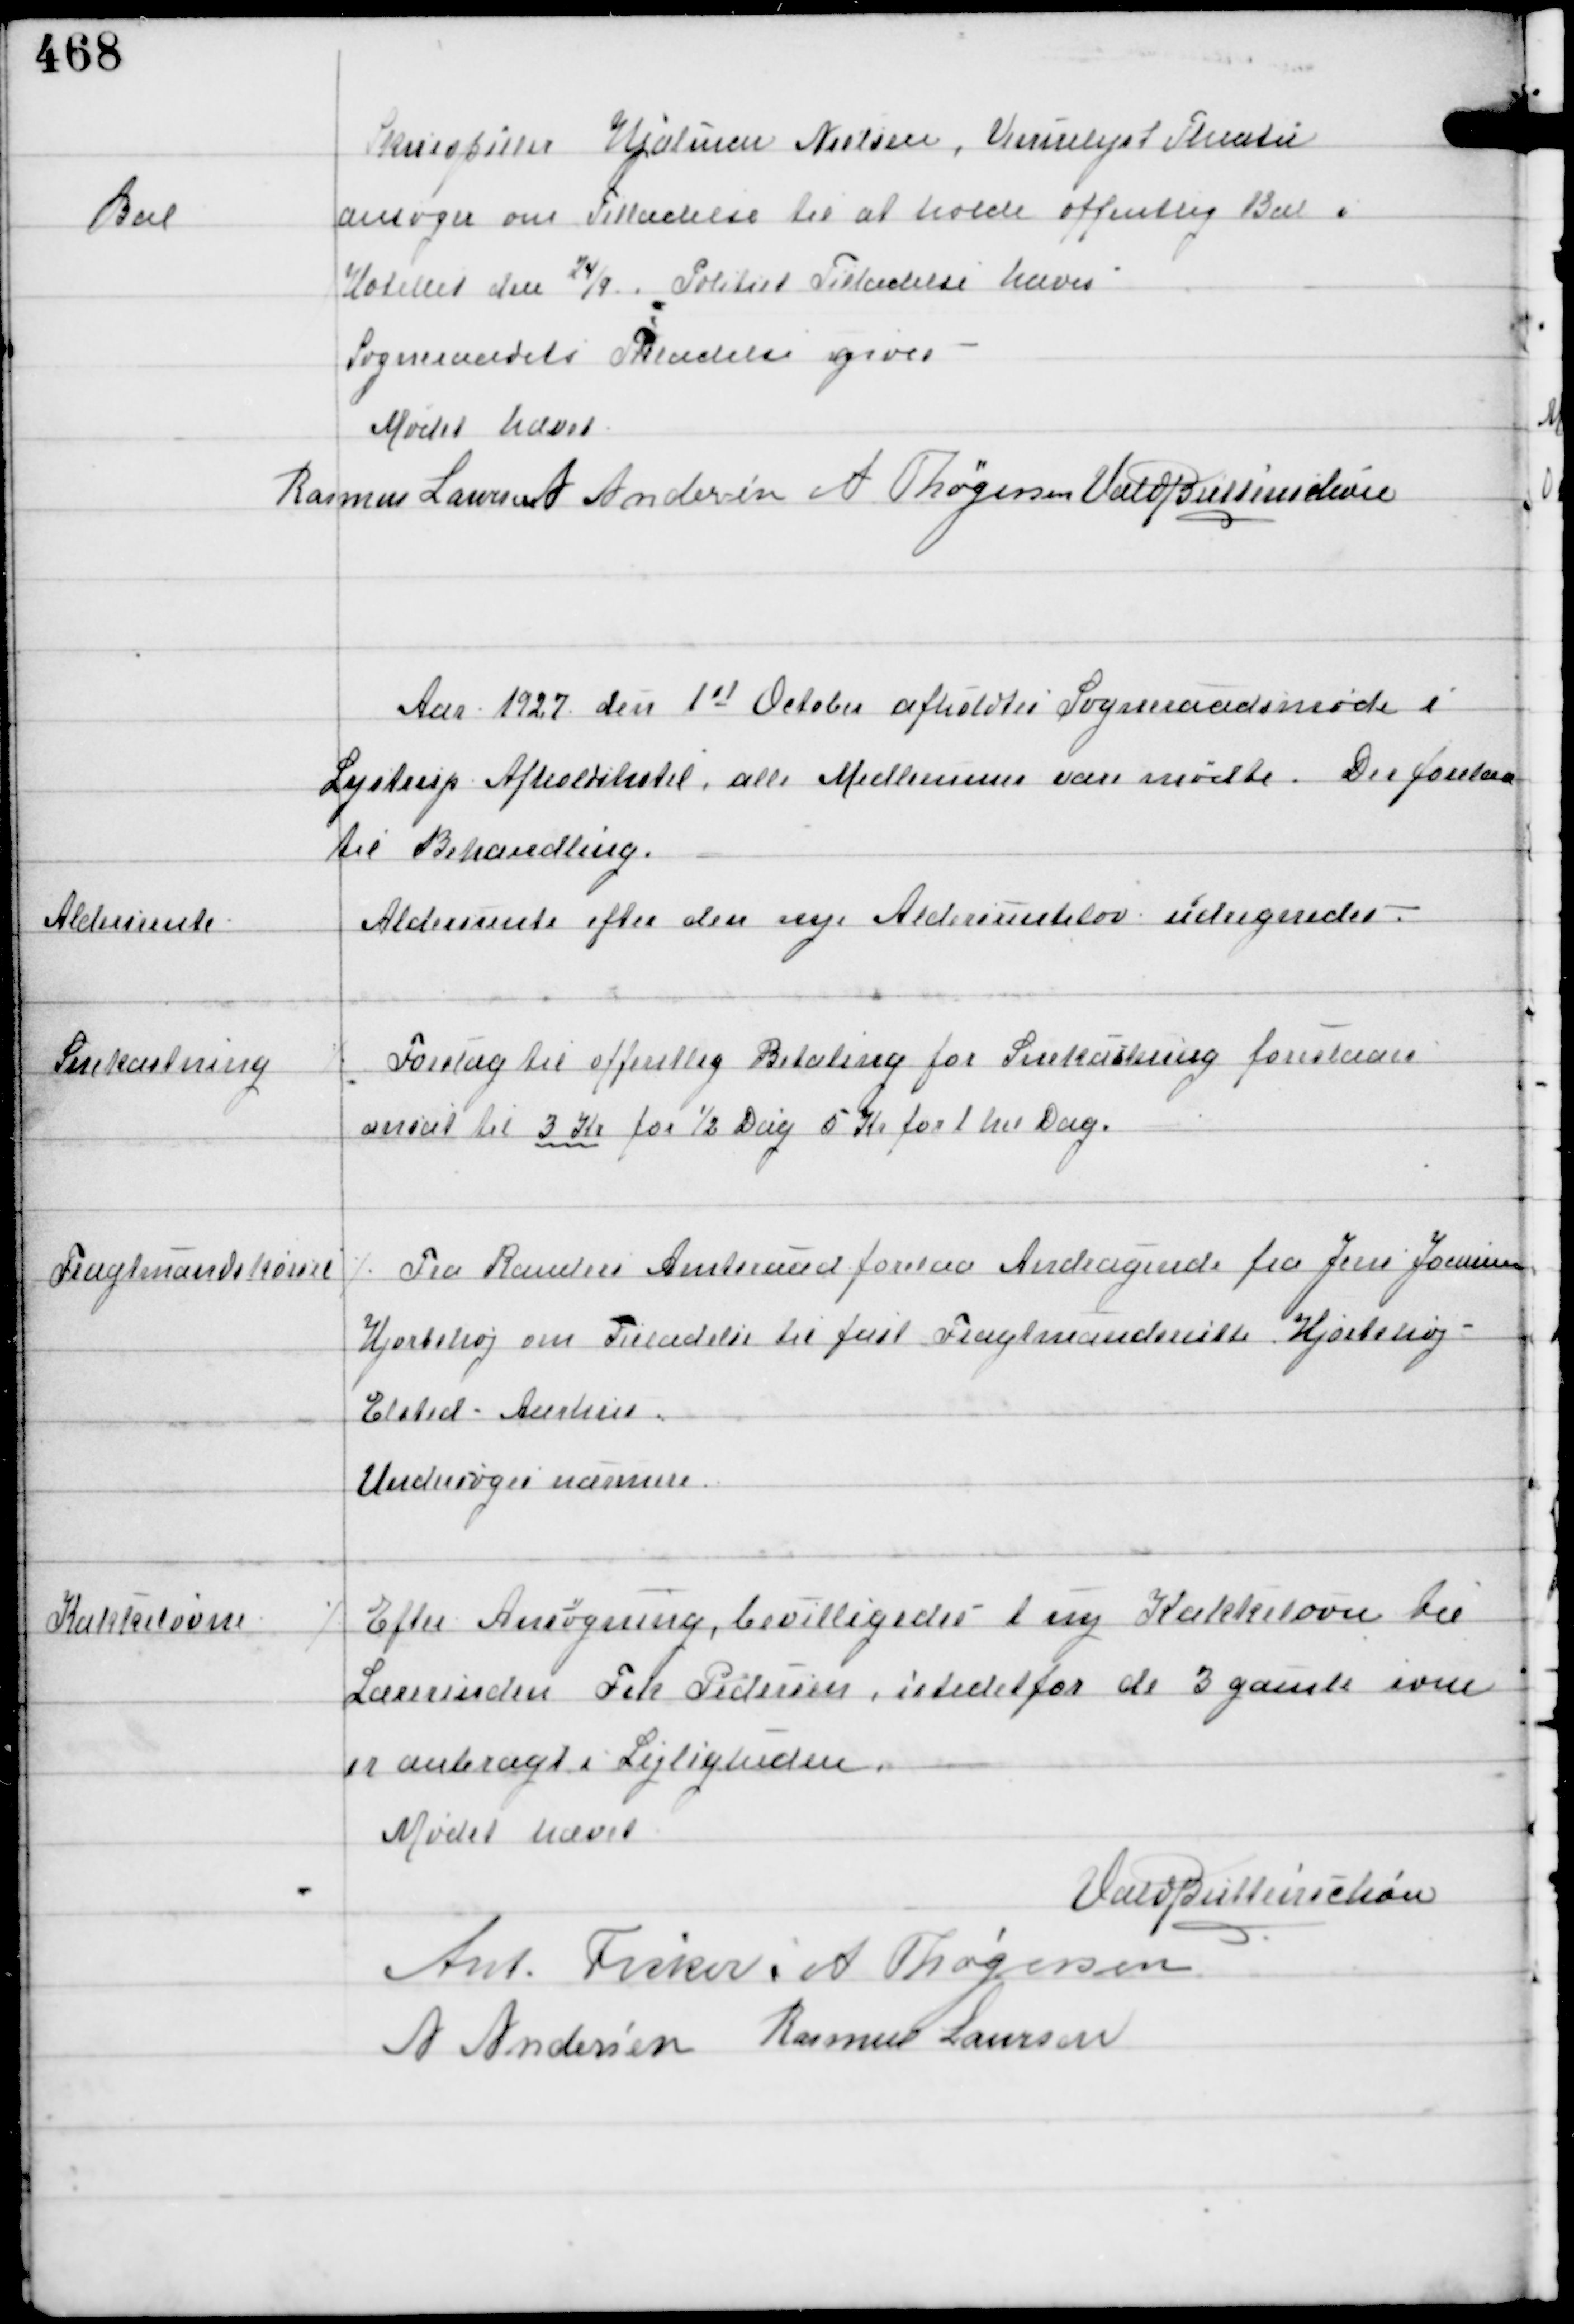
Transskription:
Bal

Skuespiller Hjalmar Nielsen, Vennelyst Theater
ansøger om Tilladelse til at holde offentlig Bal i
Hotellet den 24/9. Politiet Tilladelse haves.
Sogneraadets Tilladelse gives.

Mødet hævet
Rasmus Laursen A Andersen A Thøgersen Vald Buttenschøn

Aar 1927 den 1st October afholdtes Sogneraadsmøde i
Lystrup Afholdshotel, alle Medlemmer vare mødte. Der forelaa
til Behandling.

Aldersrente

Aldersrente efter den nye Aldersrentelov udregnedes.

Snekastning

⁒ Forslag til offentlig Betaling for Snekastning foreslaaes
ansat til 3 Kr for ½ Dag 5 Kr for 1 hel Dag.

Fragtmandskørsel

⁒ Fra Randers Amtsraad forelaa Andragende fra Jens Joensen
Hjortshøj om Tilladelse til fast Fragtmandsrutte Hjorthøj -
Elsted - Aarhus.
Undersøges nærmere

Kakkelovne

⁒ Efter Ansøgning bevilligedes 1 ny Kakkelovn til
Lærerinden Frk Pedersen, istedetfor de 3 gamle ovne som
er anbragt i Lejligheden.

Mødet hævet
Vald Buttenschøn
Ant Fisker A Thøgersen
A Andersen Rasmus Laursen